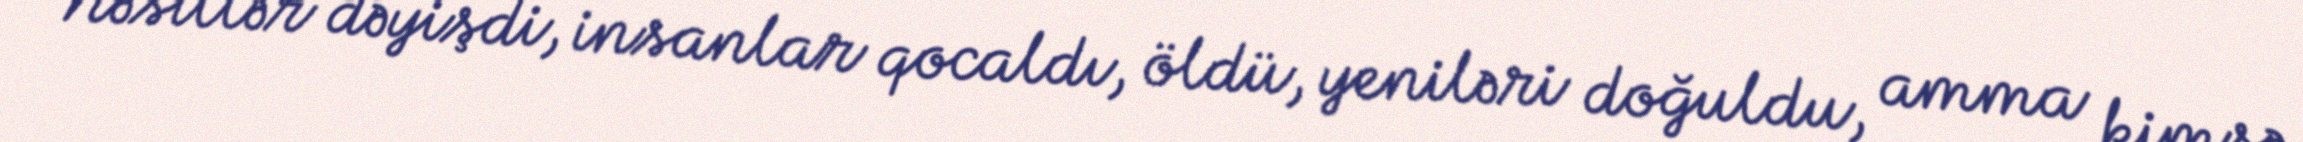
“Nəsillər dəyişdi, insanlar qocaldı, öldü, yeniləri doğuldu, amma kimsə